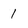
Character: 1